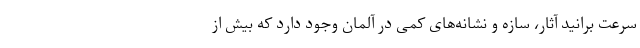
سرعت برانید آثار، سازه و نشانه‌های کمی در آلمان وجود دارد که بیش از